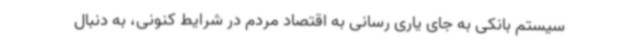
سیستم بانکی به جای یاری رسانی به اقتصاد مردم در شرایط کنونی، به دنبال